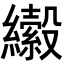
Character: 𦇍